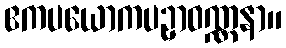
ဧကပယောကပဥှာဝဏ္ဏနာ။